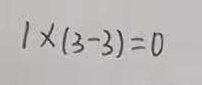
1 \times ( 3 - 3 ) = 0